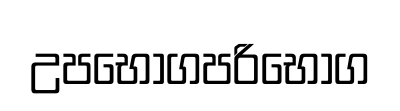
උපභෝගපරිභෝග